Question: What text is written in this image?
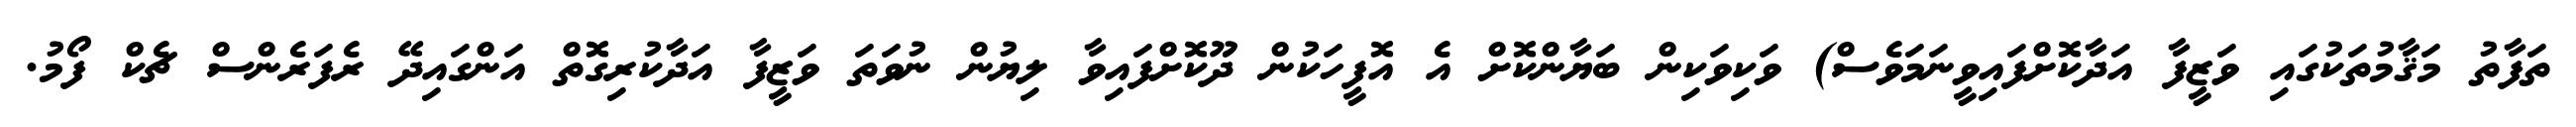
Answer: ތަފާތު މަޤާމުތަކުގައި ވަޒީފާ އަދާކޮށްފައިވީނަމަވެސް) ވަކިވަކިން ބަޔާންކޮށް އެ އޮފީހަކުން ދޫކޮށްފައިވާ ލިޔުން ނުވަތަ ވަޒީފާ އަދާކުރިގޮތް އަންގައިދޭ ރެފަރެންސް ޗެކް ފޯމު.